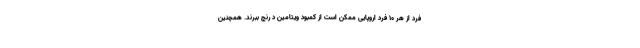
فرد از هر ۱۰ فرد اروپایی ممکن است از کمبود ویتامین د رنج ببرند. همچنین